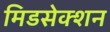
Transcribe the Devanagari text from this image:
मिडसेक्शन